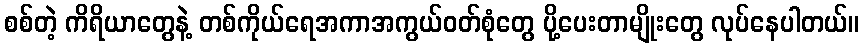
စစ်တဲ့ ကိရိယာတွေနဲ့ တစ်ကိုယ်ရေအကာအကွယ်ဝတ်စုံတွေ ပို့ပေးတာမျိုးတွေ လုပ်နေပါတယ်။